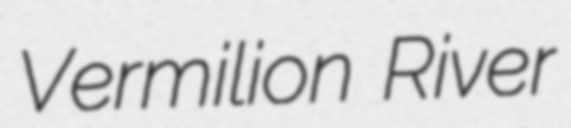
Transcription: Vermilion River